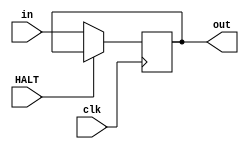
`timescale 1ns / 1ps
//////////////////////////////////////////////////////////////////////////////////
// Company: 
// Engineer: 
// 
// Design Name: 
// Module Name: led_ctrl
// Project Name: 
// Target Devices: 
// Tool Versions: 
// Description: 
// 
// Dependencies: 
// 
// Revision:
// Revision 0.01 - File Created
// Additional Comments:
// 
//////////////////////////////////////////////////////////////////////////////////


module led_ctrl(
    input clk,
    input HALT,
    input [5:0] in,
    output reg [5:0] out
    );
    
    always @(posedge clk) begin
        if (HALT == 0) begin
            out <= in;
        end
    end
endmodule